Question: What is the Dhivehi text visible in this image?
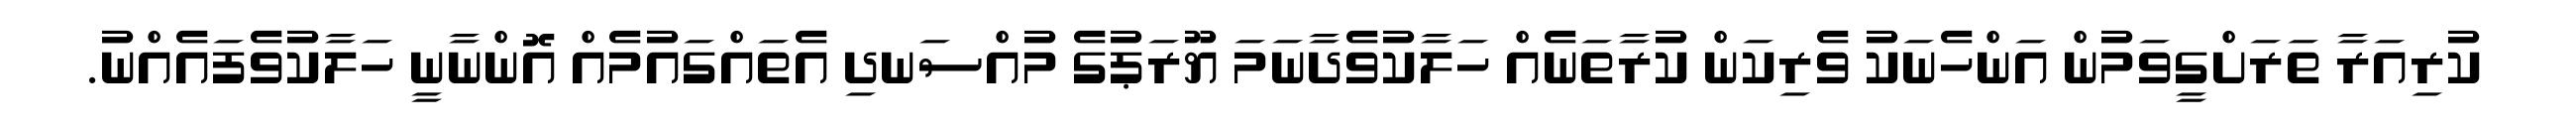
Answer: ކުރިއަރާ ތަރަށްގީވަމުން އަންހެނަކު ވެރިކަން ކުރާތަނެއް ހަލާކުވެދާނަމަ ޔޫރަޕުގެ މުއްސަނދި އެތައްގައުމެއް އޮންނާނީ ހަލާކުވެފައެއްނު.